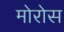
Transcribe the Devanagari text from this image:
मोरोस